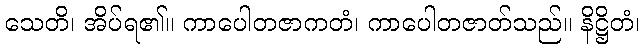
သေတိ၊ အိပ်ရ၏။ ကာပေါတဇာကတံ၊ ကာပေါတဇာတ်သည်။ နိဋ္ဌိတံ၊